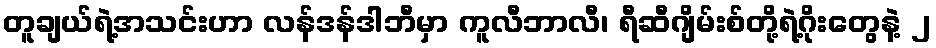
တူချယ်ရဲ့အသင်းဟာ လန်ဒန်ဒါဘီမှာ ကူလီဘာလီ၊ ရီဆီဂျိမ်းစ်တို့ရဲ့ဂိုးတွေနဲ့ ၂